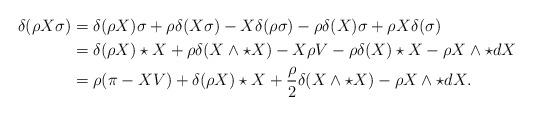
LaTeX: \begin{align*}\delta(\rho X\sigma)&=\delta(\rho X)\sigma +\rho \delta(X\sigma)-X\delta(\rho\sigma) -\rho \delta(X)\sigma +\rho X\delta(\sigma)\\&=\delta(\rho X)\star X +\rho \delta(X\wedge \star X)-X\rho V -\rho \delta(X)\star X -\rho X\wedge \star d X\\&=\rho(\pi-XV) + \delta(\rho X)\star X +\frac{\rho}{2} \delta(X\wedge \star X)-\rho X\wedge \star d X.\end{align*}